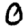
Digit: 0